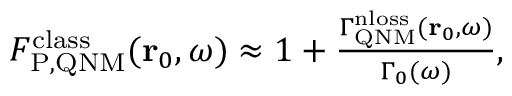
\begin{array} { r } { F _ { \mathrm { P , Q N M } } ^ { \mathrm { c l a s s } } ( \mathbf { r } _ { 0 } , \omega ) \approx 1 + \frac { \Gamma _ { \mathrm { Q N M } } ^ { \mathrm { n l o s s } } ( \mathbf { r } _ { 0 } , \omega ) } { \Gamma _ { 0 } ( \omega ) } , } \end{array}